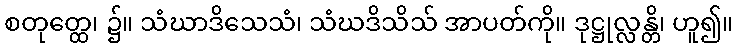
စတုတ္ထေ၊ ၌။ သံဃာဒိသေသံ၊ သံဃဒိသိသ် အာပတ်ကို။ ဒုဋ္ဌုလ္လန္တိ၊ ဟူ၍။